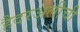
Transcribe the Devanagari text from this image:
हैदरअलीची